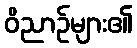
ဝိညာဉ်များ၏